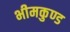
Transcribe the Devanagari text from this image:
भीमकुण्ड